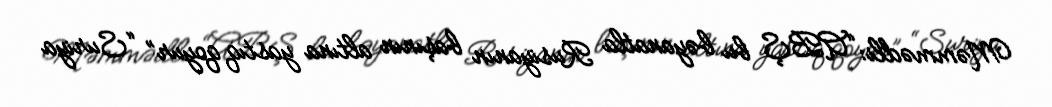
Məmmədli: “ABŞ bu bəyanatla Rusiyanın başının altına yastıq qoyur” “Suriya